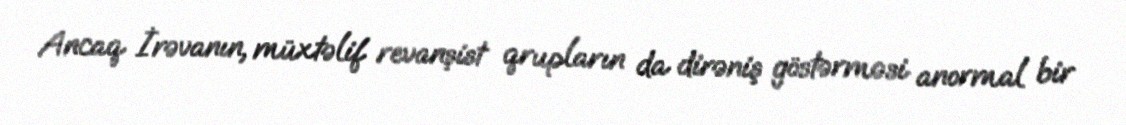
Ancaq İrəvanın, müxtəlif revanşist qrupların da dirəniş göstərməsi anormal bir